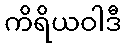
ကိရိယဝါဒီ